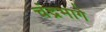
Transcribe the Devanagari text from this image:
चंद्रभागे